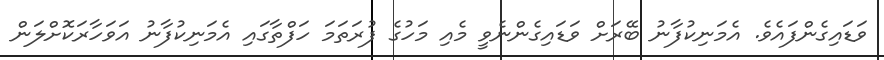
ވަޑައިގެންފައެވެ. އެމަނިކުފާނު ބޭރަށް ވަޑައިގެންނެވީ މެއި މަހުގެ ފުރަތަމަ ހަފްތާގައި އެމަނިކުފާނު އަވަހާރަކޮށްލަން